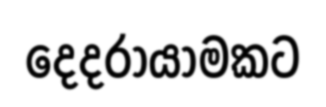
දෙදරායාමකට